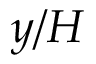
y / H